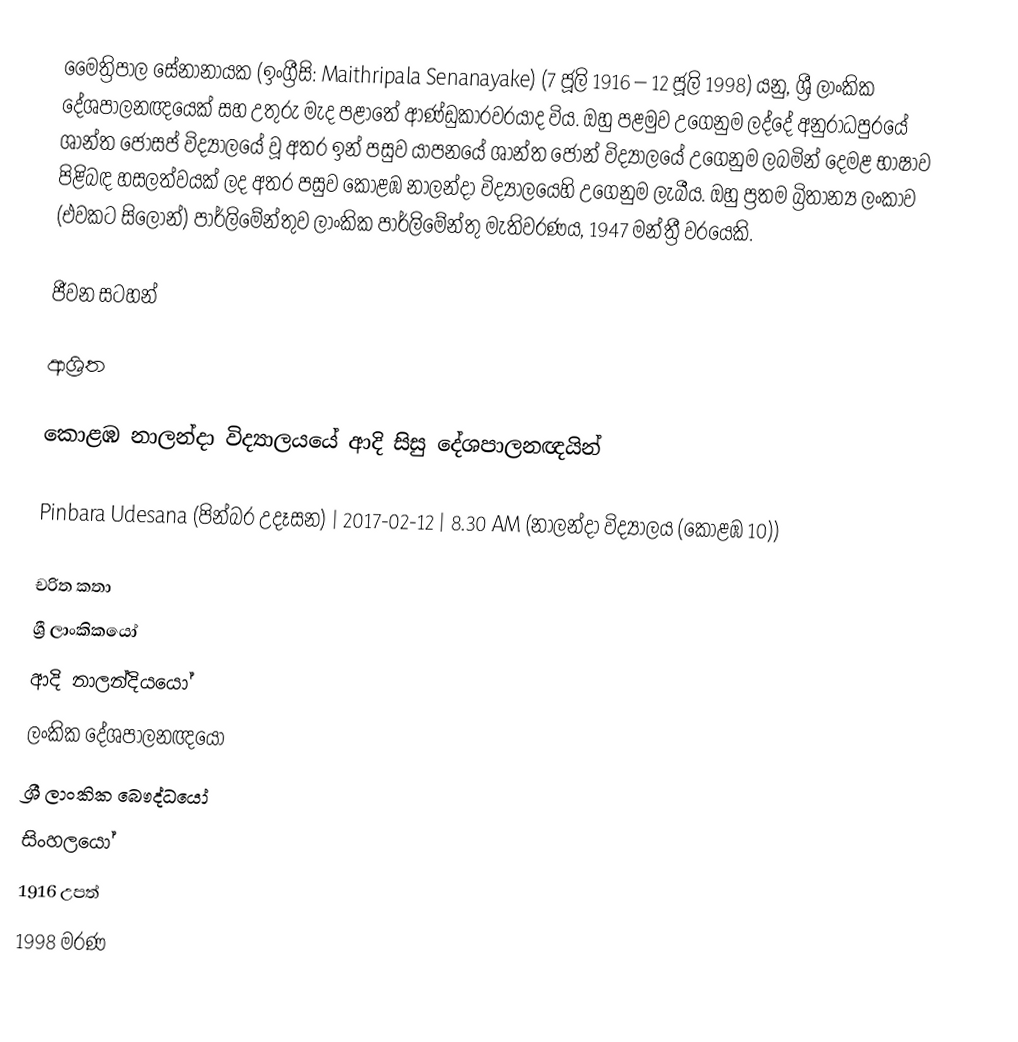
මෛත්‍රිපාල සේනානායක (ඉංග්‍රීසි: Maithripala Senanayake) (7 ජූලි 1916 – 12 ජූලි 1998) යනු, ශ්‍රී ලාංකික දේශපාලනඥයෙක් සහ උතුරු මැද පළාතේ ආණ්ඩුකාරවරයාද විය. ඔහු පළමුව උගෙනුම ලද්දේ අනුරාධපුරයේ ශාන්ත ජෝසප් විද්‍යාලයේ වූ අතර  ඉන් පසුව යාපනයේ  ශාන්ත ජෝන් විද්‍යාලයේ උගෙනුම ලබමින් දෙමළ භාෂාව පිළිබඳ හසලත්වයක් ලද අතර පසුව  කොළඹ නාලන්දා විද්‍යාලයෙහි උගෙනුම ලැබීය.  ඔහු ප්‍රතම බ්‍රිතාන්‍ය ලංකාව (එවකට සිලෝන්) පාර්ලිමේන්තුව ලාංකික පාර්ලිමේන්තු මැතිවරණය, 1947 මන්ත්‍රී වරයෙකි.

ජීවන සටහන්

ආශ්‍රිත

කොළඹ නාලන්දා විද්‍යාලයයේ ආදි සිසු දේශපාලනඥයින්

 Pinbara Udesana (පින්බර උදෑසන) | 2017-02-12 | 8.30 AM (නාලන්දා විද්‍යාලය (කොළඹ 10))

චරිත කතා
ශ්‍රී ලාංකිකයෝ
ආදි නාලන්දියයෝ
ලංකික දේශපාලනඥයෝ
ශ්‍රී ලාංකික බෞද්ධයෝ
සිංහලයෝ
1916 උපත්
1998 මරණ